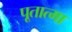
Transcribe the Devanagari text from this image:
पूतात्मा